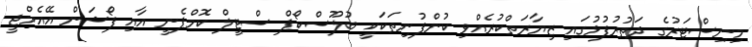
މިނިސްޓަރުގެ ދަތުރުފުޅުގައި ޒިޔާރަތްކުރެއްވި ކުންފުނިތަކަކީ ބުލޫސްކޯޕް ސްޓީލް ކޮމްޕެނީ އާއި ފޯޝަން އޭއެމްޖީ